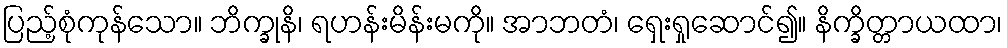
ပြည့်စုံကုန်သော။ ဘိက္ခုနိ၊ ရဟန်းမိန်းမကို။ အာဘတံ၊ ရှေးရှုဆောင်၍။ နိက္ခိတ္တာယထာ၊